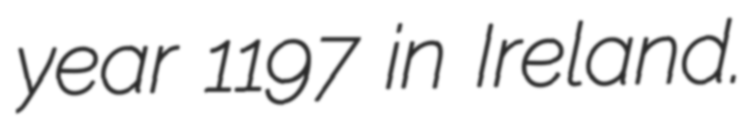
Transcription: year 1197 in Ireland.